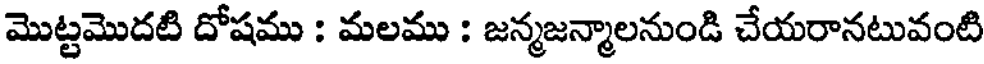
మొట్టమొదటి దోషము : మలము : జన్మజన్మాలనుండి చేయరానటువంటి